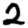
Digit: 2